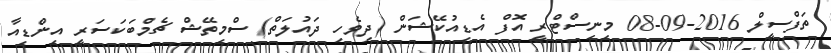
ތަފްސީލް 2016-09-08 މިނިސްޓްރީ އޮފް އެޑިއުކޭޝަން (ދިވެހި ދައުލަތް) ސްމިތޭޝް ޗެމްބަކަސަރީ އިންޑިއާ